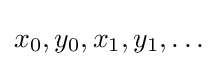
x_{0},y_{0},x_{1},y_{1},\dots